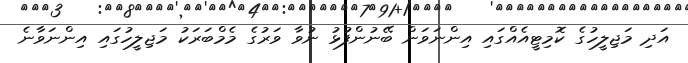
އަދި މަޖިލީހުގެ ކޮމިޓީއެއްގައި އިންނަވަން ބޭނުންފުޅު ނުވާ ވަރުގެ މެމްބަރަކު މަޖިލީހުގައި އިންނަވާނެ